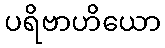
ပရိဗာဟိယော